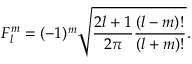
F _ { l } ^ { m } = ( - 1 ) ^ { m } \sqrt { \frac { 2 l + 1 } { 2 \pi } \frac { ( l - m ) ! } { ( l + m ) ! } } .